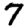
Digit: 7